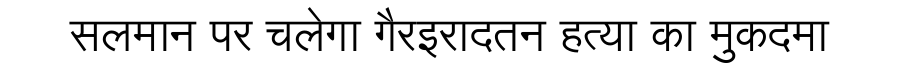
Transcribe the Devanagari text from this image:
सलमान पर चलेगा गैरइरादतन हत्या का मुकदमा